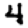
Digit: 4